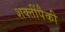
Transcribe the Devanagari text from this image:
शक्तींपैकी